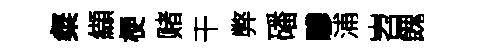
粲纈梗赌干弊磻驂浦岧餽